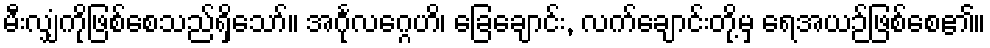
မီးလျှံကိုဖြစ်စေသည်ရှိသော်။ အင်္ဂုလဂ္ဂေဟိ၊ ခြေချောင်း, လက်ချောင်းတို့မှ ရေအယဉ်ဖြစ်စေ၏။